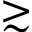
\gtrsim